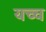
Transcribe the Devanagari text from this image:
यच्च